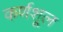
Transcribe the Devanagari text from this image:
कर्णशूल